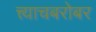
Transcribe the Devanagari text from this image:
त्त्याचबरोबर